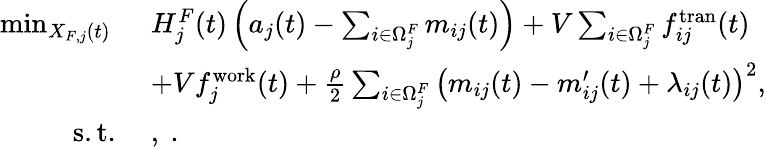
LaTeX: \begin{array}{rl}{\operatorname*{min}_{X_{F,j}(t)}~}&{H_{j}^{F}(t)\left(a_{j}(t)-\sum_{i\in\Omega_{j}^{F}}m_{ij}(t)\right)+V\sum_{i\in\Omega_{j}^{F}}f_{ij}^{\mathrm{tran}}(t)}\\ {~}&{+Vf_{j}^{\mathrm{work}}(t)+\frac{\rho}{2}\sum_{i\in\Omega_{j}^{F}}\left(m_{ij}(t)-m_{ij}^{\prime}(t)+\lambda_{ij}(t)\right)^{2},}\\ {\mathrm{s.t.}~}&{,~.}\end{array}